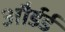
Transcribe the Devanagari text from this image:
और्डर्ड